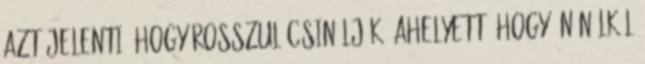
azt jelenti, hogy rosszul csinálják. Ahelyett, hogy Ön nélkül